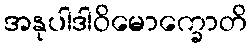
အနုပါဒါဝိမောက္ခောတိ